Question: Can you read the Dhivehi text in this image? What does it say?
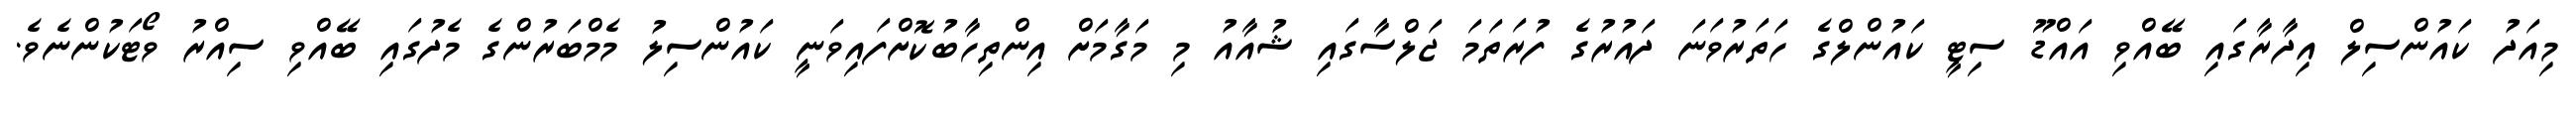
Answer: މިއަދު ކައުންސިލް އިދާރާގައި ބޭއްވި އައްޑޫ ސިޓީ ކައުންލްގެ ހަތަރުވަނަ ދައުރުގެ ފުރަތަމަ ޖަލްސާގައި ޝުއާއު މި މަގާމަށް އިންތިހާބުކޮށްފައިވަނީ ކައުންސިލު މެމްބަރުންގެ މެދުގައި ބޭއްވި ސިއްރު ވޯޓަކުންނެވެ.